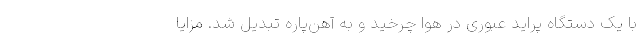
با یک دستگاه پراید عبوری در هوا چرخید و به آهن‌پاره تبدیل شد. مزایا